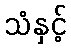
သံနှင့်